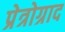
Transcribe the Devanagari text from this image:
प्रेत्रोग्राद